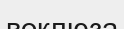
воклюза